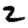
Digit: 2